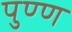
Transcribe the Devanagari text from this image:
पुण्ण